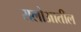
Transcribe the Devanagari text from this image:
रालोआतील